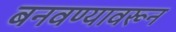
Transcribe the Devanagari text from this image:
बनवण्यावरून